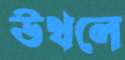
উথলে